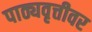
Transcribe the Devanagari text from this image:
पाठ्यवृत्तीवर